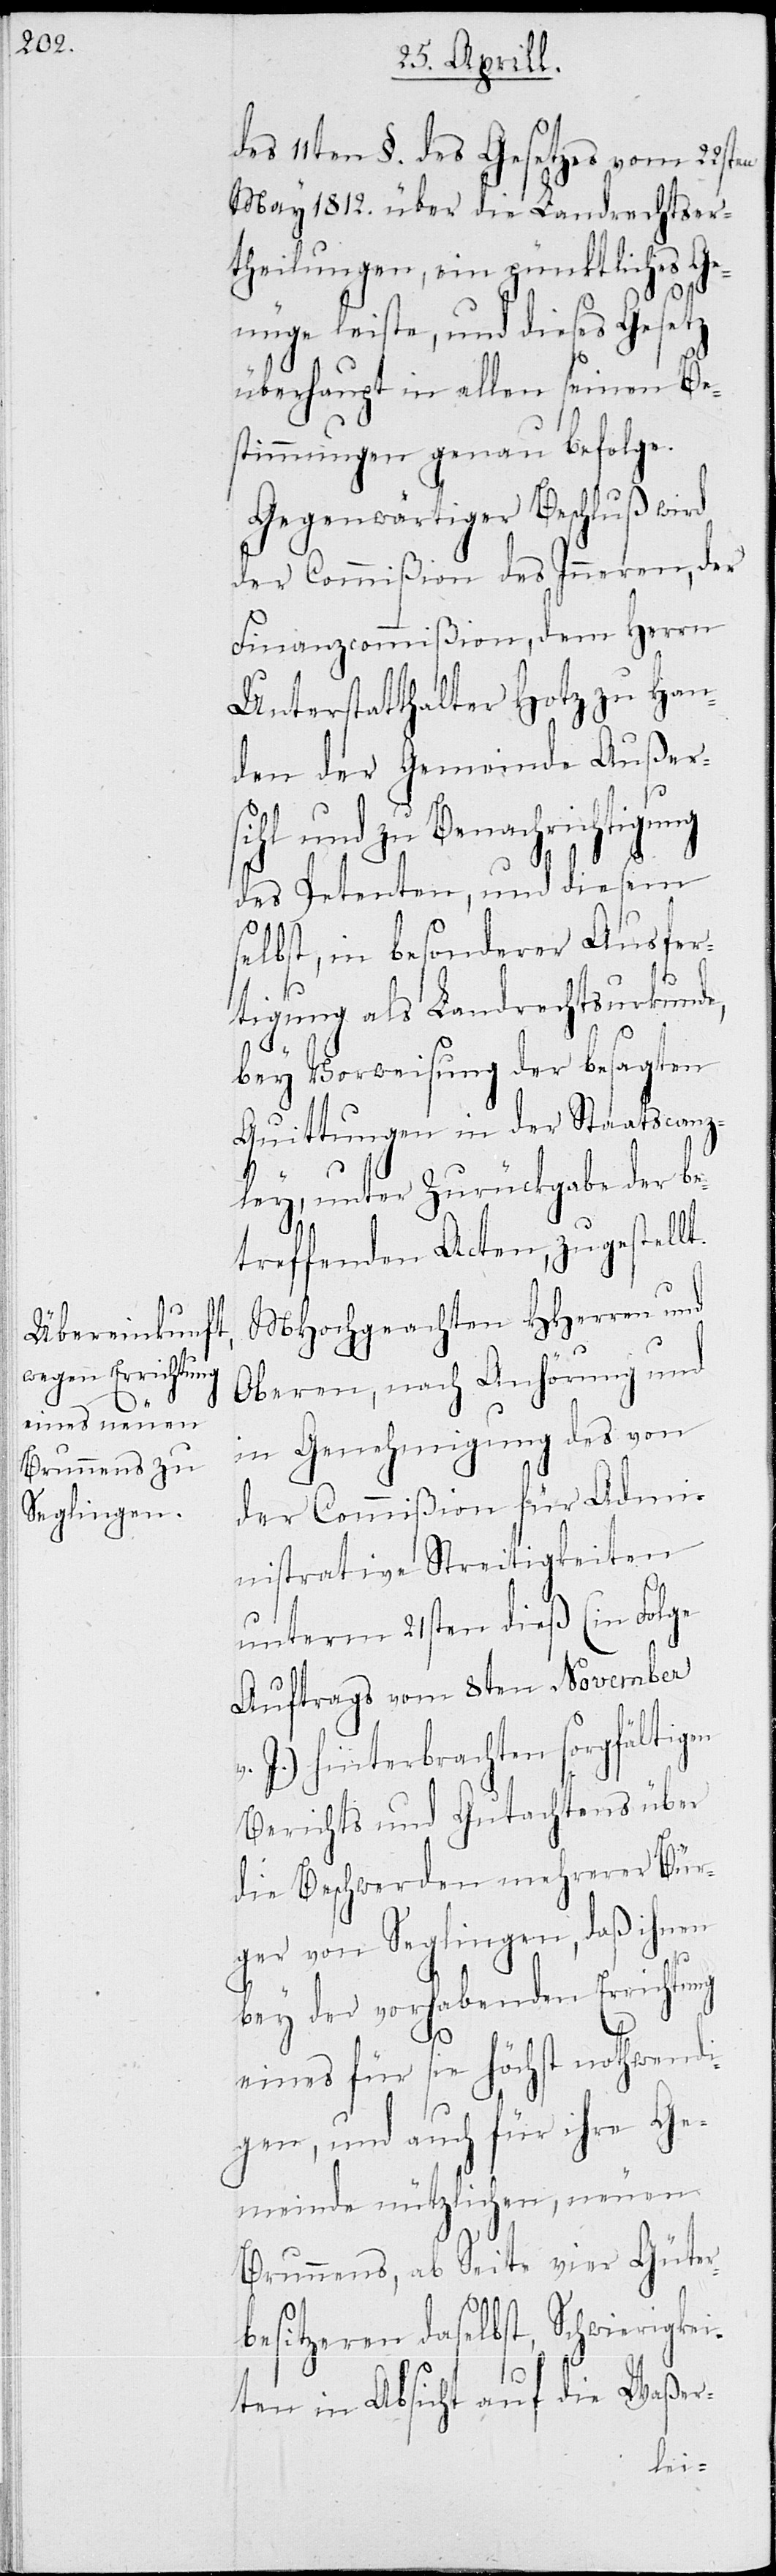
des 11ten §. des Gesetzes vom 22sten
May 1812. über die Landrechtser¬
theilungen, ein pünktliches G¬
nüge leiste, und dieses Gesetz
überhaupt in allen seinen Be¬
stimmungen genau befolge.
Gegenwärtiger Beschluß wird
der Commißion des Inneren, der
Finanzcommißion, dem Herrn
Unterstatthalter Hotz zu Han¬
den der Gemeinde Außer¬
sihl und zu Benachrichtigung
des Petenten, und diesem
selbst, in besonderer Ausfer¬
tigung als Landrechtsurkunde,
bey Vorweisung der besagten
Quittungen in der Staatscanz¬
ley, unter Zurückgabe der be¬
treffenden Acten, zugestellt.
MHochgeachten HHerren und
Oberen, nach Anhörung und
in Genehmigung des von
der Commißion für Admi¬
nistrative Streitigkeiten
unterm 21sten dieß (in Folge
Auftrags vom 8ten November
J.) hinterbrachten sorgfältigen
Berichts und Gutachtens über
die Beschwerden mehrerer Bür¬
ger von Seglingen, daß ihnen
bey der vorhabenden Errichtung
eines für sie höchst nothwendi¬
gen, und auch für ihre Ge¬
meinde nützlichen, neuen
Brunnens, ab Seite vier Güter¬
besitzeren daselbst, Schwierigke¬
e¬
iten in Absicht auf die Waßer-